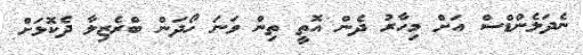
ނެދަލެންޑްސް އަށް މިހާރު ދެން އޮތީ ތިން ވަނަ ހޯދަން ބްރެޒިލާ ދެކޮޅަށް